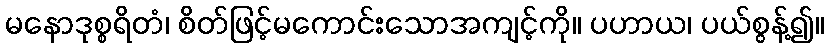
မနောဒုစ္စရိတံ၊ စိတ်ဖြင့်မကောင်းသောအကျင့်ကို။ ပဟာယ၊ ပယ်စွန့်၍။